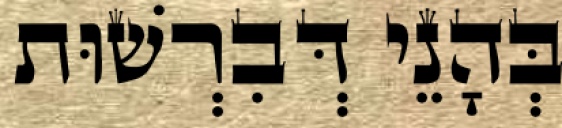
בְּהָנֵי דְּבִרְשׁוּת